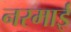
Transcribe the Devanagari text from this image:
नरमाई